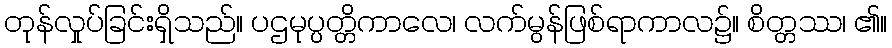
တုန်လှုပ်ခြင်းရှိသည်။ ပဌမုပ္ပတ္တိကာလေ၊ လက်မွန်ဖြစ်ရာကာလ၌။ စိတ္တဿ၊ ၏။